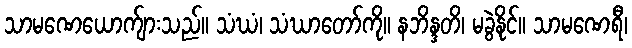
သာမဏေယောက်ျားသည်။ သံဃံ၊ သံဃာတော်ကို။ နဘိန္ဒတိ၊ မခွဲနိုင်။ သာမဏေရီ၊